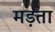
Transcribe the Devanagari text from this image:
मड़ता